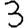
Digit: 3